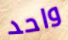
واحد